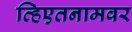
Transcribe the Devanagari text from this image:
व्हिएतनामवर